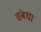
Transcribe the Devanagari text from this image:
संबधा